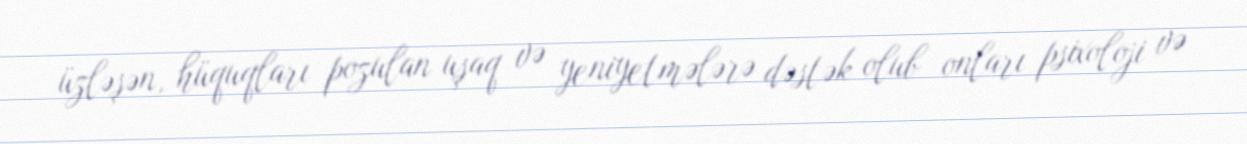
üzləşən, hüquqları pozulan uşaq və yeniyetmələrə dəstək olub onları psixoloji və